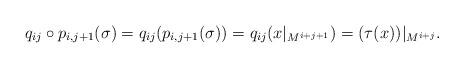
LaTeX: \begin{align*}q_{i j} \circ p_{i,j+1} (\sigma) = q_{i j} ( p_{i,j+1}(\sigma)) = q_{i j} (x\vert_{M^{i + j + 1}}) = (\tau(x))\vert_{M^{i + j}}.\end{align*}